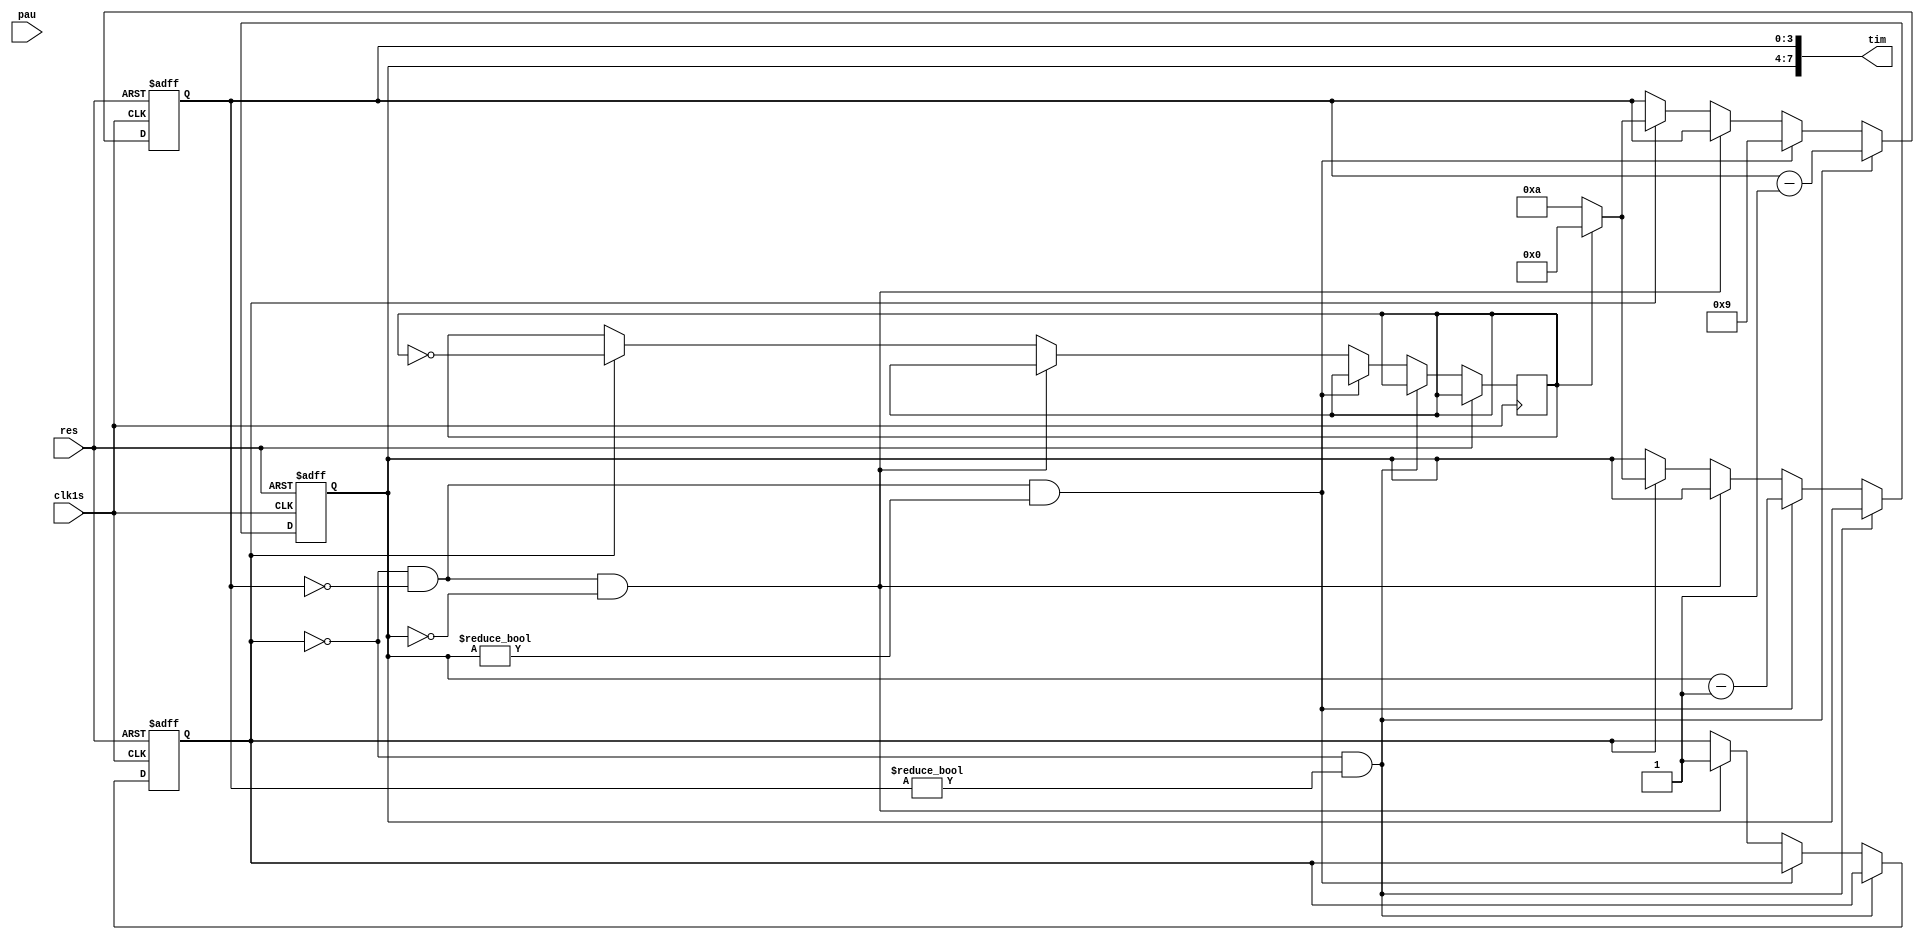
`timescale 1ns / 1ps
//////////////////////////////////////////////////////////////////////////////////
// Company: 
// 
// Design Name: 
// Module Name: adder24
// Project Name: 
// Target Devices: 
// Tool Versions: 
// Description: 
// 
// Dependencies: 
// 
// Revision:
// Revision 0.01 - File Created
// Additional Comments:
// 
//////////////////////////////////////////////////////////////////////////////////


module adder24(
    input clk1s,
    input res,
    input pau,
    output [7:0] tim //
    ); 
    reg [3:0] tens = 0;//
    reg [3:0] units = 0;//
    reg block = 0;//24
    reg state_stop = 0;
    always@(negedge clk1s or posedge res)//24
        begin
            if(res)
                begin
                    tens <= 4'b0010;//2
                    units <= 4'b0100;//4
                    block <= 1'b0;
                end

            else begin
                if(!block && units != 0)
                begin
                    units <= units-1'b1;
                end

                else if(!block && units == 0 && tens != 0)//0
                begin
                    tens <= tens -1'b1;
                    units <= 4'b1001;
                end

                else if(!block && units == 0 && tens == 0)// 
                begin
                    block <= 1'b1;
                end

                else if (block)//
                begin
                    if(state_stop == 0)
                        begin
                          tens <= 4'b1010;//10 
                          units <= 4'b1010; // 
                          state_stop = ~state_stop;
                        end
                        
                    else
                        begin
                          tens <= 1'b0;// 0
                          units <= 1'b0;//0
                          state_stop = ~state_stop;
                        end                   
                end
            end
        end
    assign tim={tens,units};//
endmodule